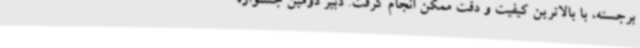
برجسته، با بالاترین کیفیت و دقت ممکن انجام گرفت. دبیر دومین جشنواره